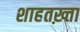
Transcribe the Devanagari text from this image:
शाहतख़्ता